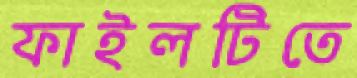
ফাইলটিতে